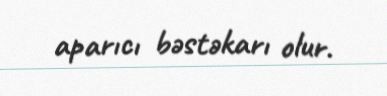
aparıcı bəstəkarı olur.